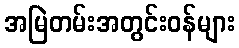
အမြဲတမ်းအတွင်းဝန်များ